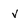
Character: v